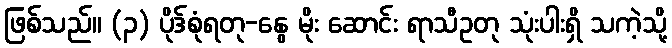
ဖြစ်သည်။ (၃) ပိုဒ်စုံရတု-နွေ မိုး ဆောင်း ရာသီဥတု သုံးပါးရှိ သကဲ့သို့